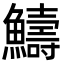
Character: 䲖